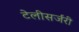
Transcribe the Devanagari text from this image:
टेलीसर्जरी